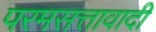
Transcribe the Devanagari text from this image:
परमसत्तावादी